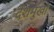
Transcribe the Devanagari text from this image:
देशमुखों